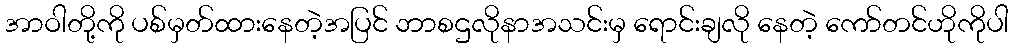
အာဝါတို့ကို ပစ်မှတ်ထားနေတဲ့အပြင် ဘာစဌလိုနာအသင်းမှ ရောင်းချလို နေတဲ့ ကော်တင်ဟိုကိုပါ